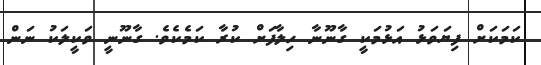
ކަމަކަށް ފިޔަވަޅު އަޅުމަކީ ގާނޫނާ ހިލާފަށް ކުރާ ކަމެކެވެ. ގާނޫނީ ވަކީލަކު ނަން